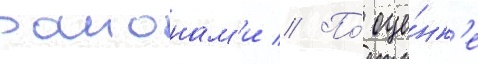
раионам'и // По́ оце́нк'е